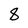
Character: 8